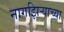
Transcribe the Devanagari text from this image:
नागझिऱ्याच्या